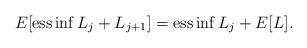
LaTeX: \begin{align*}E[{\rm ess}\inf L_j+L_{j+1}]={\rm ess}\inf L_j+E[L].\end{align*}